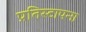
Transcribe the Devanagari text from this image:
प्रतिस्टापना